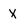
Character: X